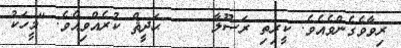
ރިވާވެގެންވެއެވެ. ކީރިތި ރަސޫލާ     ޙަދީޘް ކުރެއްވިއެވެ. "މީހަކު